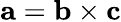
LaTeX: \mathbf{a}=\mathbf{b}\times\mathbf{c}